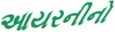
આયરનીનો